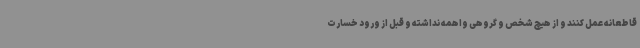
قاطعانه عمل کنند و از هیچ شخص و گروهی واهمه نداشته و قبل از ورود خسارت